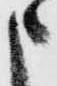
申